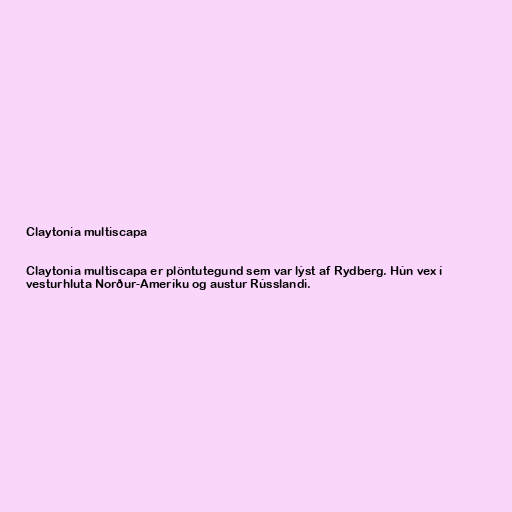
Claytonia multiscapa

Claytonia multiscapa er plöntutegund sem var lýst af Rydberg. Hún vex í
vesturhluta Norður-Ameríku og austur Rússlandi.